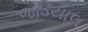
જડિયાલ